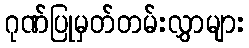
ဂုဏ်ပြုမှတ်တမ်းလွှာများ